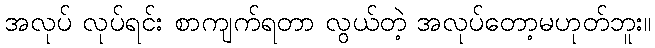
အလုပ် လုပ်ရင်း စာကျက်ရတာ လွယ်တဲ့ အလုပ်တော့မဟုတ်ဘူး။